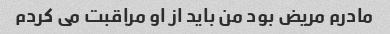
مادرم مریض بود من باید از او مراقبت می کردم